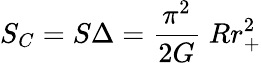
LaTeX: S_{C}=S\Delta={\frac{\pi^{2}}{2G}}\; Rr_{+}^{2}